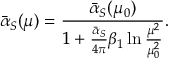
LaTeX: \bar { \alpha } _ { S } ( \mu ) = \frac { \bar { \alpha } _ { S } ( \mu _ { 0 } ) } { 1 + \frac { \bar { \alpha } _ { S } } { 4 \pi } \beta _ { 1 } \ln \frac { \mu ^ { 2 } } { \mu _ { 0 } ^ { 2 } } } .